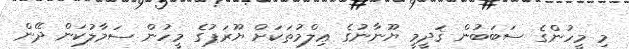
މި މީހުންގެ ސަބަބުން ޤަދީމީ ޔޫނާނުގެ ޢިލްމުތަކަށް ޔޫރަޕުގެ މީހުން ސަމާލުކަން ދޭން